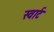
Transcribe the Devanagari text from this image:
स्वार्ट